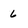
Character: 6